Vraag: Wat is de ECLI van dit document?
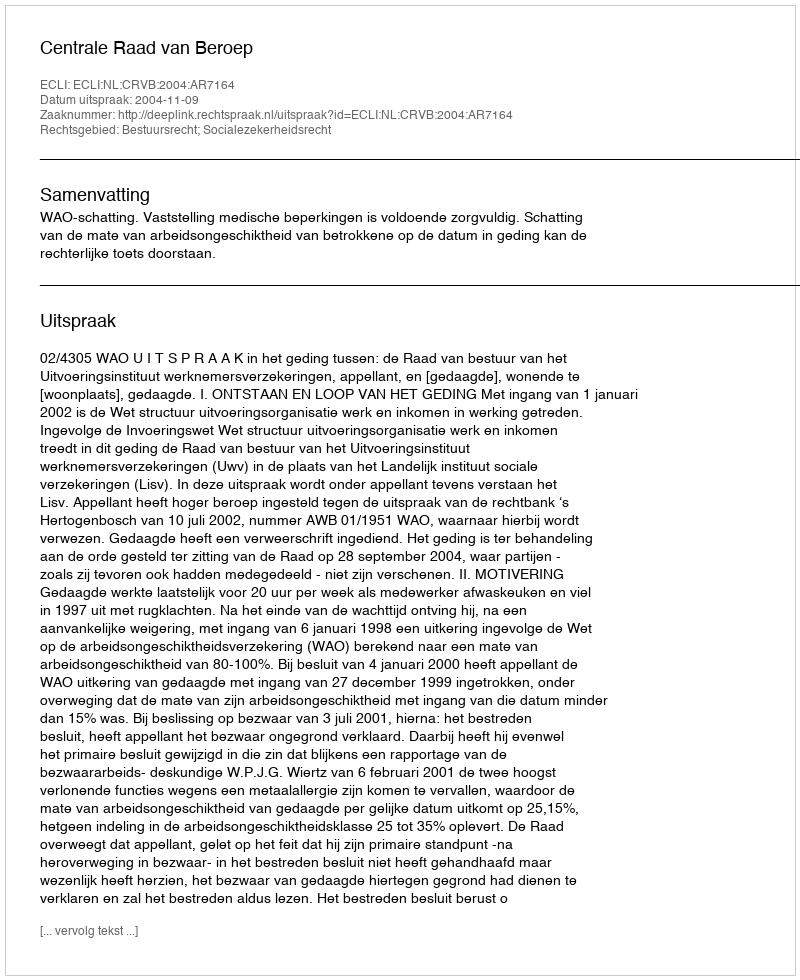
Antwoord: ECLI:NL:CRVB:2004:AR7164